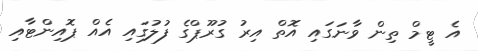
އެ ޓީމް ތިން ވާނަގައި އޮތް އިރު ގުރޫޕްގެ ފުލުގައި އެއް ޕޮއިންޓާއި